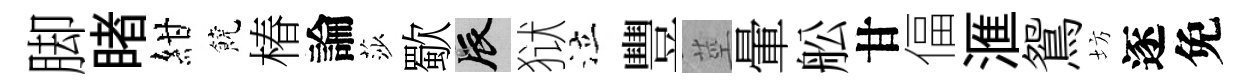
脚睹紺饒椿論莎歜辰狱泣豐莖暈舩甘偪滙鴛坊逐免